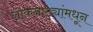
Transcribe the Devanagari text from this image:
लोकनाट्यांमधून